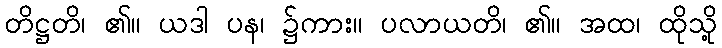
တိဋ္ဌတိ၊ ၏။ ယဒါ ပန၊ ၌ကား။ ပလာယတိ၊ ၏။ အထ၊ ထိုသို့